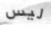
ليس